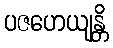
ပဇဟေယျန္တိ